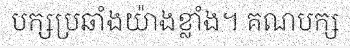
បក្សប្រឆាំងយ៉ាងខ្លាំង។ គណបក្ស